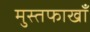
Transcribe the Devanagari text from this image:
मुस्तफाखाँ